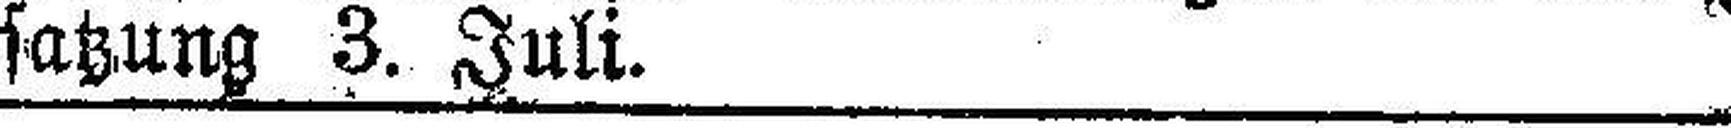
satzung 3. Juli.